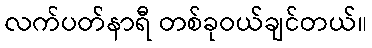
လက်ပတ်နာရီ တစ်ခုဝယ်ချင်တယ်။